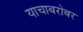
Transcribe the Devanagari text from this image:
याचाबरोबर